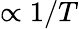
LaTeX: \propto 1/T